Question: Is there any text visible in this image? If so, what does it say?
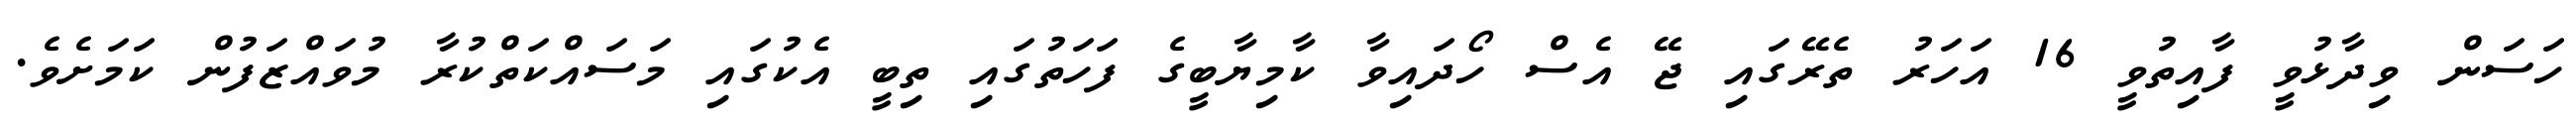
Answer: ހަސަން ވިދާޅުވީ ފާއިތުވީ 16 އަހަރު ތެރޭގައި ޖޭ އެސް ހޯދައިވާ ކާމިޔާބީގެ ފަހަތުގައި ތިބީ އެކުގައި މަސައްކަތްކުރާ މުވައްޒަފުން ކަމަށެވެ.